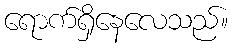
ရောက်ရှိနေလေသည်။